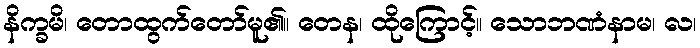
နိက္ခမိ၊ တောထွက်တော်မူ၏။ တေန၊ ထိုကြောင့်။ သောဘဏံနာမ၊ လ၊